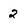
Character: 2